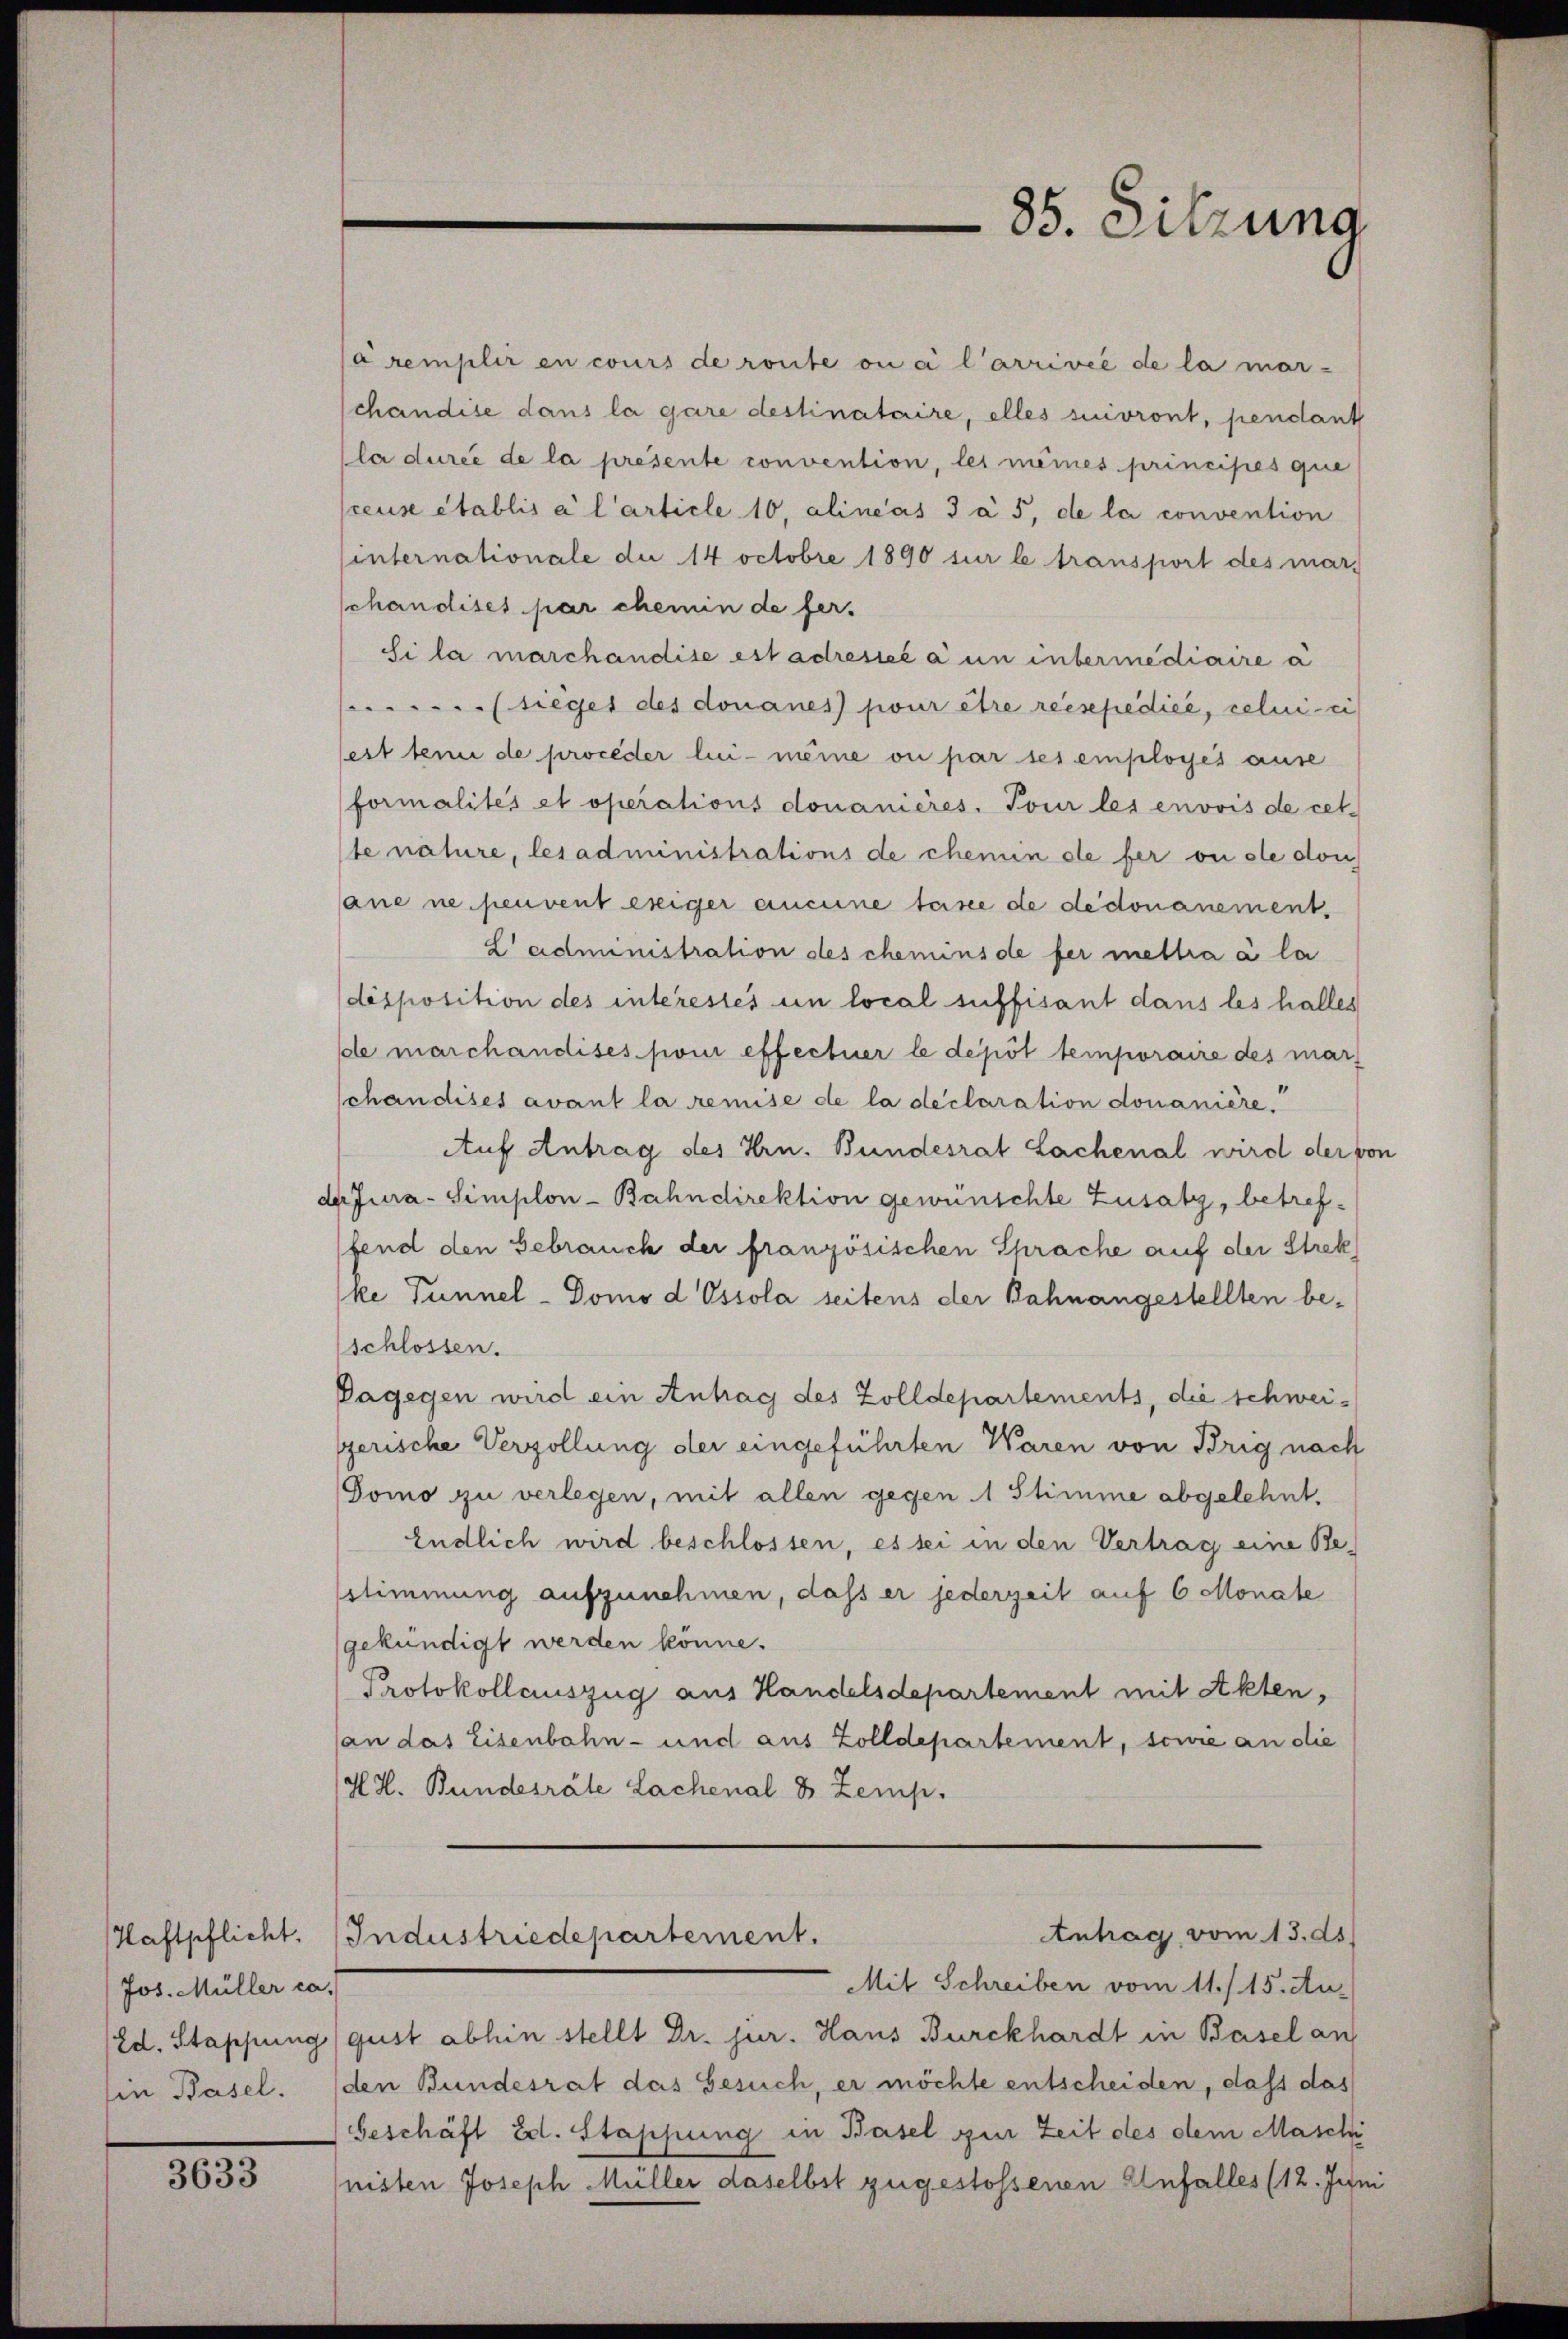
Haftpflicht.
Jos. Müller ca
Ein Basel.

3633

/a remplir en cours de route ou ci l’arrivée de la mar-
schändise dans la gare destinataire, elles suivront, pendant
la durée de la présente convention, les meines principes que
sceuse établis a l’article 10, alineas 3 à 5, de la convention
sinternationale du 14 Octobre 1890 sur le transport des mar-
schandises par chemin de fer¬
Si la marchandise est adressé à un intermediaire a
tieges des donanes pour être reisepedice, celui ei
sest ten de proceder lui-même ou par ses employés ause
formalités et operations donanières. Tour les envois de cet
ste nature, les administrations de chenin de fer ou ste don
ane ne peuvent exiger andeine feine de dedonanement.
L administration des chemins de fer mettia à la
disposition des interestes un local suffisant dans les halles
de marchandises pour effectuer le dépôt temporaire des mar,
schandises avant la remise de la déclaration donanière.
Auf Antrag des Hrn. Bundesrat Sachenal wird der von
der Jura. Simplon-Bahndirektion gewünschte Zusatz, betreffend den Gebrauch der französischen Sprache auf der Strek
ke Tunnel-Domo d Ossola seitens der Bahnangestellten beschlossen.
Dagegen wird ein Antrag des Zolldepartements, die schweiserische Verzollung der eingeführten Waren von Brig nach
Tomo zu verlegen, mit allen gegen 1 Stimme abgelehnt.
Endlich wird beschlossen, es sei in den Vertrag eine Be-
sstimmung aufzunehmen, dass er jederzeit auf 6 Monate
gekündigt werden könne.
Protokollauszug aus Handelsdepartement mit Akten,
an das Eisenbahn- und aus Zolldepartement, sowie an die
H H. Bundesräte Lachenal 8 Zemp.

85. Sitzung

Antrag vom 13. ds.
Industriedepartement.

Mit Schreiben vom 11./15. Au-
i
(Ed. Stappung (gust abhin stellt Dr. jur. Haus Burckhardt in Basel an
den Bundesrat das Gesuch, er möchte entscheiden, dass das
beschäft Ed. Stappung in Basel zur Zeit des dem Maschi
nisten Joseph Müller daselbst zugestossenen Unfalles (12. Juni